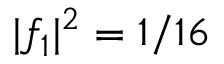
| f _ { 1 } | ^ { 2 } = 1 / 1 6